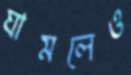
ঘামলেও